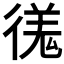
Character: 𫹝